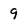
Character: 9